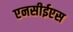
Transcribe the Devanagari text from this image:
एनसीईएस